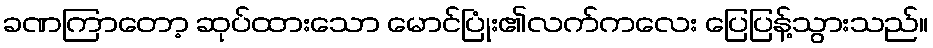
ခဏကြာတော့ ဆုပ်ထားသော မောင်ပြုံး၏လက်ကလေး ပြေပြန့်သွားသည်။